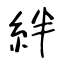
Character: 絆